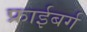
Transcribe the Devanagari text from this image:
फ्राईबर्ग